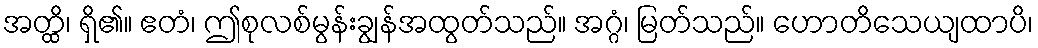
အတ္ထိ၊ ရှိ၏။ ဧတံ၊ ဤစုလစ်မွန်းချွန်အထွတ်သည်။ အဂ္ဂံ၊ မြတ်သည်။ ဟောတိသေယျထာပိ၊